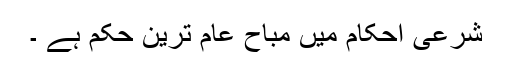
شرعی احکام میں مباح عام ترین حکم ہے ۔